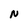
Character: N